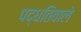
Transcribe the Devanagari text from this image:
पद्धतिवाले